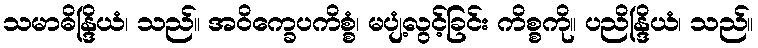
သမာဓိန္ဒြိယံ၊ သည်။ အဝိက္ခေပကိစ္စံ၊ မပျံ့လွင့်ခြင်း ကိစ္စကို။ ပညိန္ဒြိယံ၊ သည်။